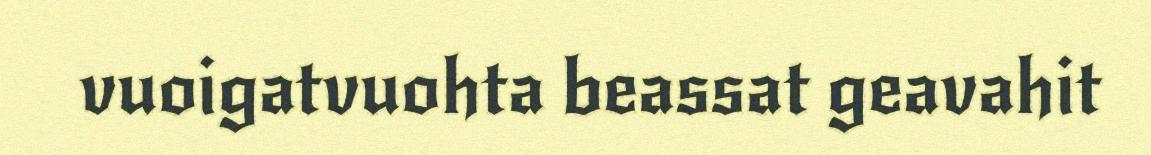
vuoigatvuohta beassat geavahit